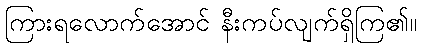
ကြားရလောက်အောင် နီးကပ်လျက်ရှိကြ၏။